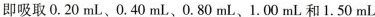
即吸取0.20mL、0.40mL、0.80mL、1.00mL和1.50mL